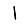
Digit: 1